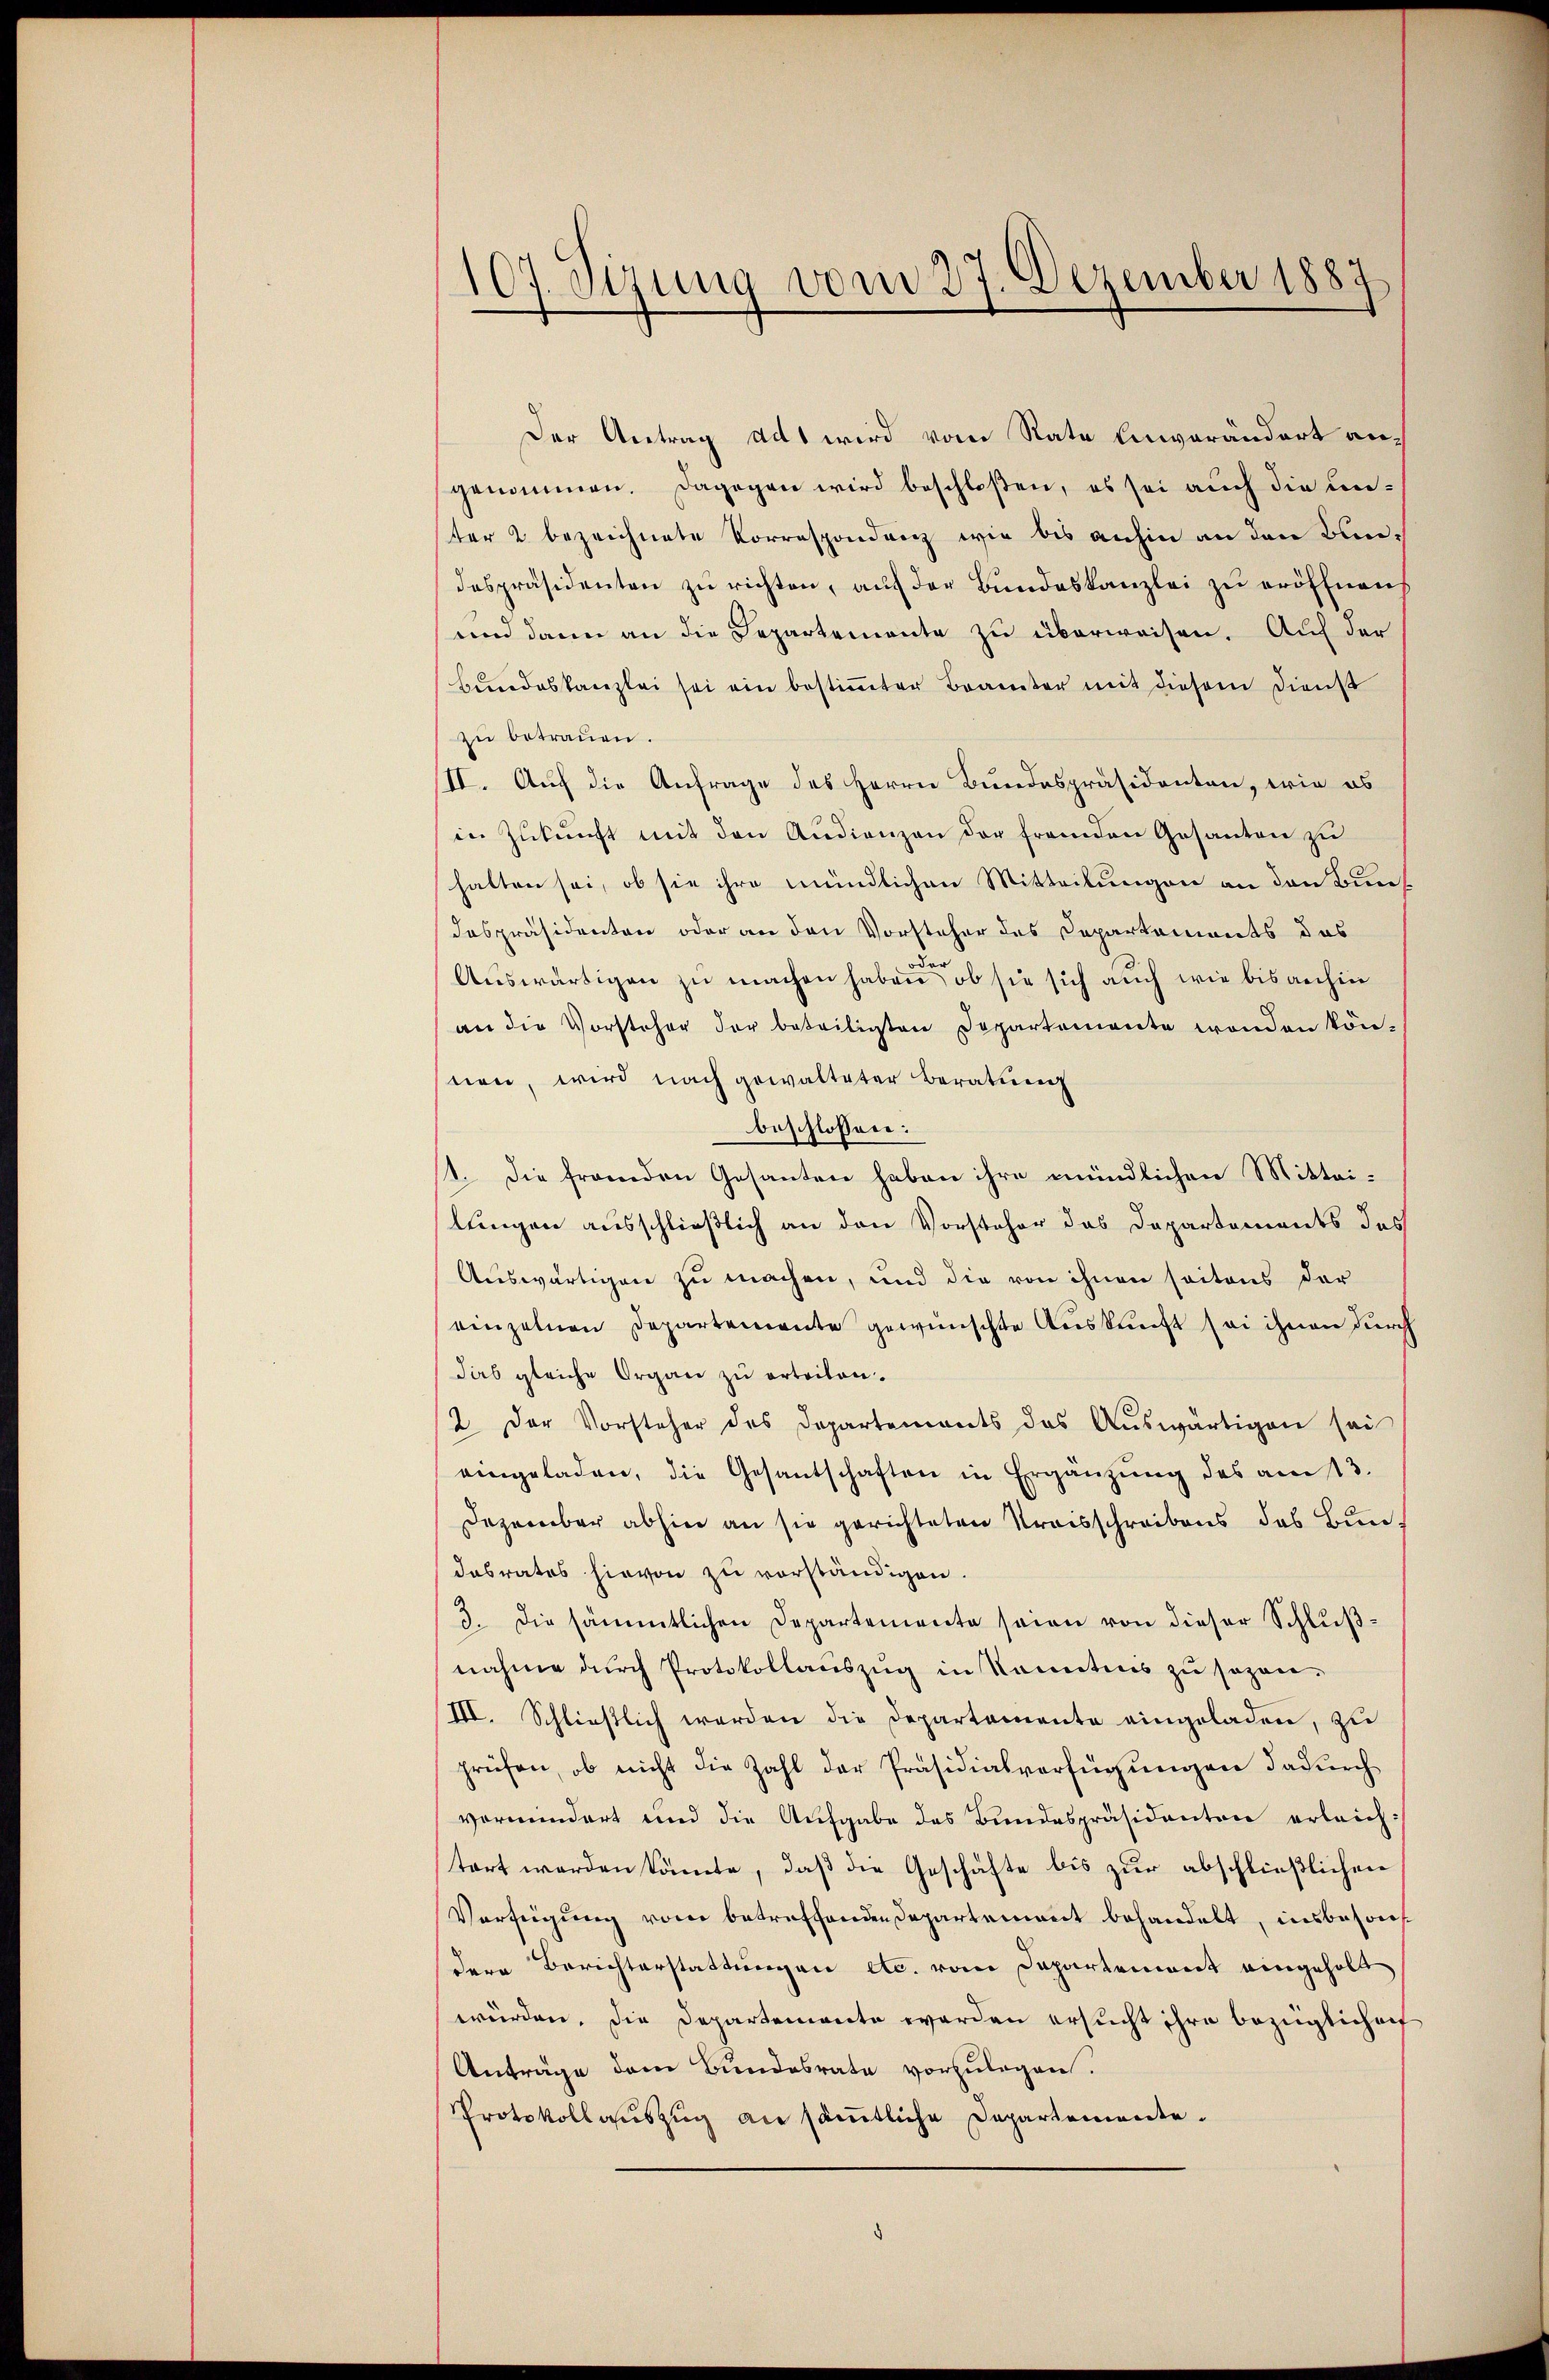
107. Sizung vom 27. Dezember 1887

Der Antrag ads wird vom Rate Einverändert angenommen. Dagegen wird beschloßen, es sei auch die unter 2 bezeichnete Vorrespondenz wie bis anhin an den Bun-
despräsidenten zu richten, auf der Bundeskanzlei zu eröffnens
und dann an die Departemente zu überweisen. Auf der
Bundeskanzlei sei ein bestimmter Brauter mit diesem Dienst
zu betrauen.
II. Auf die Anfrage des Herrn Bundespräsidenten, wie es
in Zŭkŭnft mit den Audienzen der fremden Gesanten zu
halten sei, ob sie ihre mündlichen Mitteilungen an den Bundespräsidenten oder an den Vorsteher des Departements das
n
Auswärtigen zu machen haben, ob sie sich auch wie bisanhin
an die Vorsteher der beteiligten Departemente wenden kön-
nen, wird nach gewalteter Beratung
beschlossen:
1. Die fremden Gesanten haben ihre mündlichen Mittei-
lungen ausschließlich an den Vorsteher das Departements des
Auswärtigen zu machen, und die von ihnen soitons der
einzelnen Departemente gewünschte Auskunft sei ihnen durch
das gleiche Organ zu erteilen.
2. Der Vorsteher des Departements des Aŭswärtigen sei
eingeladen, die Gesantschaften in Ergänzŭng des am 13.
Dezember abhin an sie gerichteten Kreisschreibens das Bun
dasrates hievon zu vorständigen.
3. Die sämmtlichen Departemente seien von dieser Schlußnahme durch Protokollauszug in Kenntnis zu sozan¬
III. Schließlich werden die Departemente eingeladen, zu
prüfen, ob nicht die Zahl der Präsidialverfügungen dadurch
vermindert und die Aufgabe des Bundespräsidenten erleichtort werden könnte, daß die Geschäfte bis zur abschließlichen
Verfügung vom betreffenden Departement behandelt, insbesondere Berichterstattungen etc. vom Departement eingeholt
würden, die Departemente werden ersucht ihre bezüglichenf
Anträge dem Bundesrate vorzulegen.
Protokollauszug an sämtliche Departemente.